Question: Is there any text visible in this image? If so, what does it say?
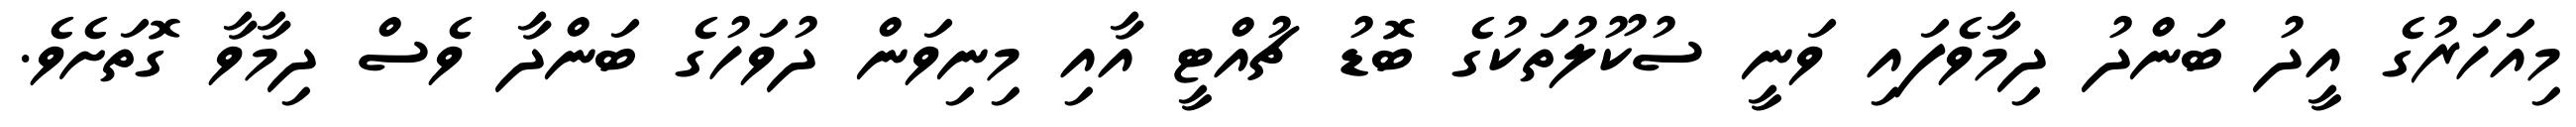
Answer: މިއަހަރުގެ އީދު ބަންދު ދިމާވެފައި ވަނީ ސުކޫލުތަކުގެ ބޮޑު ޗުއްޓީ އާއި މިނިވަން ދުވަހުގެ ބަންދާ ވެސް ދިމާވާ ގޮތަށެވެ.